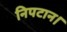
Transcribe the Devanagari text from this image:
निपटान।